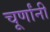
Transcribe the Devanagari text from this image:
चूर्णांनी